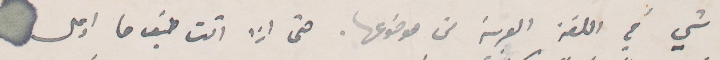
شي في اللغة العربية من موضوعها. حتى اذا أتت طيف ما او على